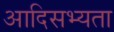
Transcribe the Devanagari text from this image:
आदिसभ्‍यता